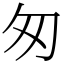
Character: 匆